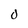
Character: o